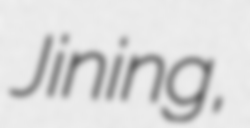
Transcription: Jining,